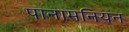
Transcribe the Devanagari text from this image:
पानामनियन